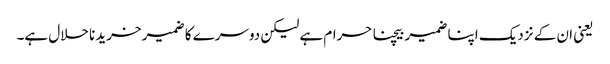
یعنی ان کے نزدیک اپنا ضمیر بیچنا حرام ہے لیکن دوسرے کا ضمیر خریدنا حلال ہے۔